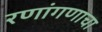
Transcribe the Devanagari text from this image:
रणांगणाचा